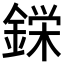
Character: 𮢚